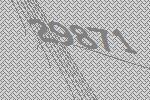
29871